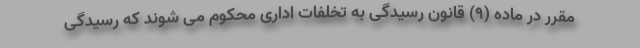
مقرر در ماده (۹) قانون رسیدگی به تخلفات اداری محکوم می شوند که رسیدگی